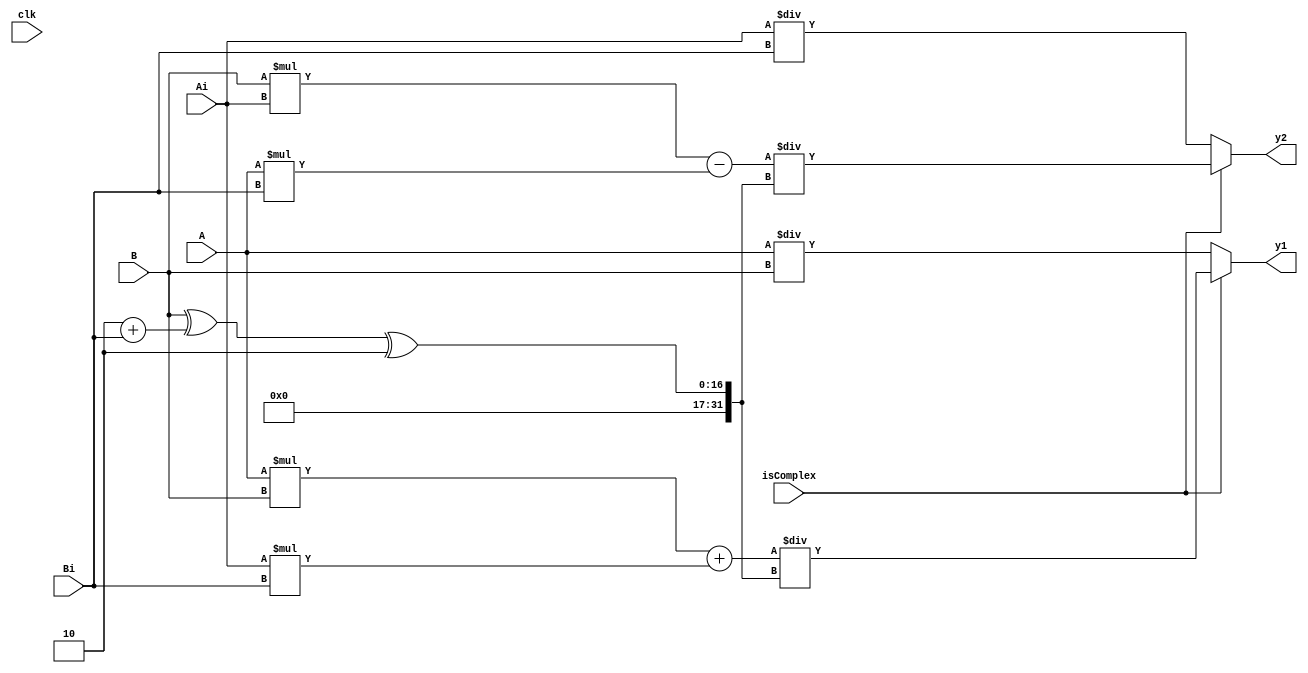
module division(clk, isComplex, A, B, Ai, Bi, y1, y2);
  input [15:0] A, B, Ai, Bi;
  input clk, isComplex;
  output reg [31:0] y1, y2;
  
  always @(clk)
    begin
      if (isComplex)
        begin
	      y1 <= (A*B + Ai*Bi) / (B^2 + Bi^2);
		  y2 <= (B*Ai - A*Bi) / (B^2 + Bi^2);
        end
      else
        begin
          y1 <= A / B;
    	  y2 <= Ai / Bi;
        end
    end
endmodule